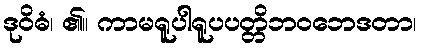
ဒုဝိဓံ၊ ၏။ ကာမရူပါရူပပတ္တိဘဝဘေဒတာ၊